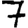
Digit: 7